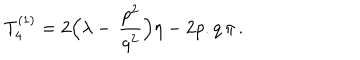
T _ { 4 } ^ { ( 1 ) } = 2 \Bigl ( \lambda - \, \frac { p ^ { 2 } } { q ^ { 2 } } \Bigr ) \eta - 2 p . q \, \pi \, .